Indian journal of veterinary science and animal husbandry - Volume 6,
Year: 1936
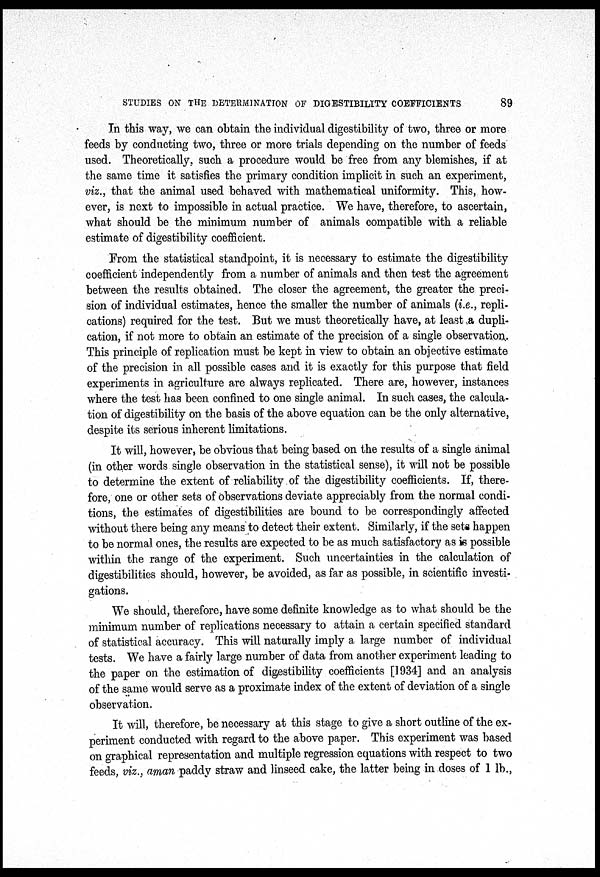
STUDIES ON THE DETERMINATION OF DIGESTIBILITY COEFFICIENTS
89
In this way, we can obtain the individual digestibility of two, three or more
feeds by conducting two, three or more trials depending on the number of feeds
used. Theoretically, such a procedure would be free from any blemishes, if at
the same time it satisfies the primary condition implicit in such an experiment,
viz., that the animal used behaved with mathematical uniformity. This, how-
ever, is next to impossible in actual practice. We have, therefore, to ascertain,
what should be the minimum number of animals compatible with a reliable
estimate of digestibility coefficient.
From the statistical standpoint, it is necessary to estimate the digestibility
coefficient independently from a number of animals and then test the agreement
between the results obtained. The closer the agreement, the greater the preci-
sion of individual estimates, hence the smaller the number of animals (i.e., repli-
cations) required for the test. But we must theoretically have, at least a dupli-
cation, if not more to obtain an estimate of the precision of a single observation.
This principle of replication must be kept in view to obtain an objective estimate
of the precision in all possible cases and it is exactly for this purpose that field
experiments in agriculture are always replicated. There are, however, instances
where the test has been confined to one single animal. In such cases, the calcula-
tion of digestibility on the basis of the above equation can be the only alternative,
despite its serious inherent limitations.
It will, however, be obvious that being based on the results of a single animal
(in other words single observation in the statistical sense), it will not be possible
to determine the extent of reliability of the digestibility coefficients. If, there-
fore, one or other sets of observations deviate appreciably from the normal condi-
tions, the estimates of digestibilities are bound to be correspondingly affected
without there being any means to detect their extent. Similarly, if the sets happen
to be normal ones, the results are expected to be as much satisfactory as is possible
within the range of the experiment. Such uncertainties in the calculation of
digestibilities should, however, be avoided, as far as possible, in scientific investi-
gations.
We should, therefore, have some definite knowledge as to what should be the
minimum number of replications necessary to attain a certain specified standard
of statistical accuracy. This will naturally imply a large number of individual
tests. We have a fairly large number of data from another experiment leading to
the paper on the estimation of digestibility coefficients [1934] and an analysis
of the same would serve as a proximate index of the extent of deviation of a single
observation.
It will, therefore, be necessary at this stage to give a short outline of the ex-
periment conducted with regard to the above paper. This experiment was based
on graphical representation and multiple regression equations with respect to two
feeds, viz., aman paddy straw and linseed cake, the latter being in doses of 1 lb.,